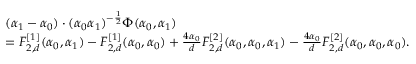
\begin{array} { r l } & { ( \alpha _ { 1 } - \alpha _ { 0 } ) \cdot ( \alpha _ { 0 } \alpha _ { 1 } ) ^ { - \frac 1 2 } \Phi ( \alpha _ { 0 } , \alpha _ { 1 } ) } \\ & { = F _ { 2 , d } ^ { [ 1 ] } ( \alpha _ { 0 } , \alpha _ { 1 } ) - F _ { 2 , d } ^ { [ 1 ] } ( \alpha _ { 0 } , \alpha _ { 0 } ) + \frac { 4 \alpha _ { 0 } } { d } F _ { 2 , d } ^ { [ 2 ] } ( \alpha _ { 0 } , \alpha _ { 0 } , \alpha _ { 1 } ) - \frac { 4 \alpha _ { 0 } } { d } F _ { 2 , d } ^ { [ 2 ] } ( \alpha _ { 0 } , \alpha _ { 0 } , \alpha _ { 0 } ) . } \end{array}